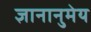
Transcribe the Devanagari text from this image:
ज्ञानानुमेय